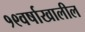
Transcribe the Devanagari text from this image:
१९वर्षाखालील